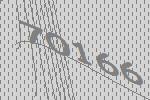
70166